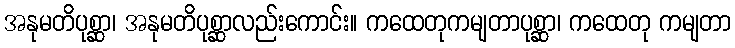
အနုမတိပုစ္ဆာ၊ အနုမတိပုစ္ဆာလည်းကောင်း။ ကထေတုကမျတာပုစ္ဆာ၊ ကထေတု ကမျတာ